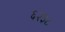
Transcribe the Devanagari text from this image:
६२३८